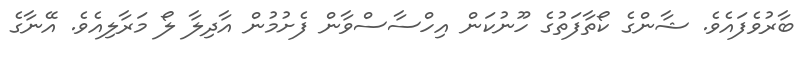
ބާރުވެފައެވެ. ޝާންގެ ކޯތާފަތުގެ ހޫނުކަން އިހްސާސްވާން ފެށުމުން އާދިލާ ލޯ މަރާލިއެވެ. އޭނާގެ